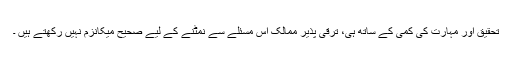
تحقیق اور مہارت کی کمی کے ساتھ ہی، ترقی پذیر ممالک اس مسئلے سے نمٹنے کے لیے صحیح میکانزم نہیں رکھتے ہیں ۔